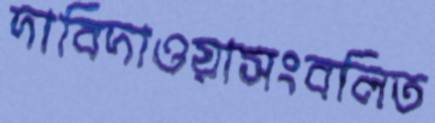
দাবিদাওয়াসংবলিত